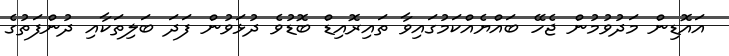
އައޮޑިން މަދުވުމުން ޖެހޭ ބައްޔެއްކަމުގައިވާ ތައިރޮއިޑް ބޮޑުވެ ދުޅަވުން ފަދަ ބަލިތަކާއި ދުންފަތުގެ